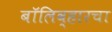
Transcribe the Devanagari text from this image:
बॉलिव्हारचा